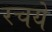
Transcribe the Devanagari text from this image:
रचये